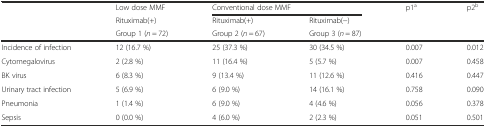
<table><thead><tr><td></td><td><b>Low dose MMF</b></td><td colspan="2"><b>Conventional dose MMF</b></td><td rowspan="3"><b>p1<sup>a</sup></b></td><td rowspan="3"><b>p2<sup>b</sup></b></td></tr><tr><td></td><td><b>Rituximab(+)</b></td><td><b>Rituximab(+)</b></td><td><b>Rituximab(−)</b></td></tr><tr><td></td><td><b>Group 1 (<i>n</i> = 72)</b></td><td><b>Group 2 (<i>n</i> = 67)</b></td><td><b>Group 3 (<i>n</i> = 87)</b></td></tr></thead><tbody><tr><td>Incidence of infection</td><td>12 (16.7 %)</td><td>25 (37.3 %)</td><td>30 (34.5 %)</td><td>0.007</td><td>0.012</td></tr><tr><td>Cytomegalovirus</td><td>2 (2.8 %)</td><td>11 (16.4 %)</td><td>5 (5.7 %)</td><td>0.007</td><td>0.458</td></tr><tr><td>BK virus</td><td>6 (8.3 %)</td><td>9 (13.4 %)</td><td>11 (12.6 %)</td><td>0.416</td><td>0.447</td></tr><tr><td>Urinary tract infection</td><td>5 (6.9 %)</td><td>6 (9.0 %)</td><td>14 (16.1 %)</td><td>0.758</td><td>0.090</td></tr><tr><td>Pneumonia</td><td>1 (1.4 %)</td><td>6 (9.0 %)</td><td>4 (4.6 %)</td><td>0.056</td><td>0.378</td></tr><tr><td>Sepsis</td><td>0 (0.0 %)</td><td>4 (6.0 %)</td><td>2 (2.3 %)</td><td>0.051</td><td>0.501</td></tr></tbody></table>